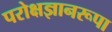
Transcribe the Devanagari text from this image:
परोक्षज्ञानरूपा